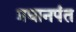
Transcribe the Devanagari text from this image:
प्रधानपंत